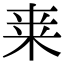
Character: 𭪀